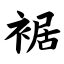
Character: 裾